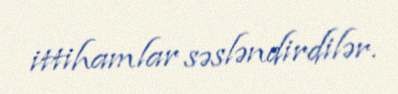
ittihamlar səsləndirdilər.